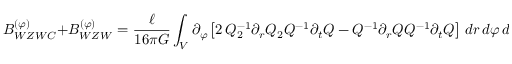
{ \cal B } _ { W Z W C } ^ { ( \varphi ) } + { \cal B } _ { W Z W } ^ { ( \varphi ) } = \frac \ell { 1 6 \pi G } \int _ { \cal V } \partial _ { \varphi } \left[ 2 \, Q _ { 2 } ^ { - 1 } \partial _ { r } Q _ { 2 } Q ^ { - 1 } \partial _ { t } Q - Q ^ { - 1 } \partial _ { r } Q Q ^ { - 1 } \partial _ { t } Q \right] \, d r \, d \varphi \, d t \, .